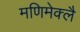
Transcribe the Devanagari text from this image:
मणिमेक्लै